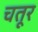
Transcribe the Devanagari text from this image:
चतूर